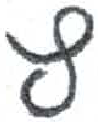
אות: ץ